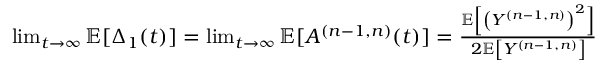
\begin{array} { r } { \! \! \! \! \operatorname* { l i m } _ { t \to \infty } \mathbb { E } [ \Delta _ { 1 } ( t ) ] = \operatorname* { l i m } _ { t \to \infty } \mathbb { E } [ A ^ { ( n - 1 , n ) } ( t ) ] = \frac { \mathbb { E } \left[ \left( Y ^ { ( n - 1 , n ) } \right) ^ { 2 } \right] } { 2 \mathbb { E } \left[ Y ^ { ( n - 1 , n ) } \right] } \! \! \! } \end{array}